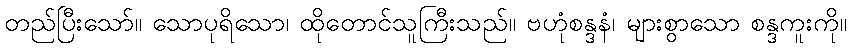
တည်ပြီးသော်။ သောပုရိသော၊ ထိုတောင်သူကြီးသည်။ ဗဟုံစန္ဒနံ၊ များစွာသော စန္ဒကူးကို။